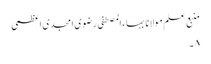
منبع علم مولانا بہاء المصطفیٰ رضوی امجدی اعظمی
۸۔